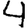
Digit: 4